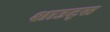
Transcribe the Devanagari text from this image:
शाउट्स